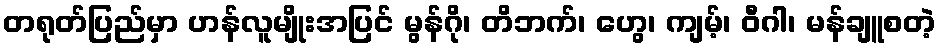
တရုတ်ပြည်မှာ ဟန်လူမျိုးအပြင် မွန်ဂို၊ တိဘက်၊ ဟွေ၊ ကျမ့်၊ ဝီဂါ၊ မန်ချူစတဲ့